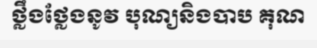
ថ្លឹងថ្លែងនូវ បុណ្យនិងបាប គុណ